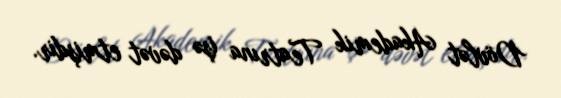
Dövlət Akademik Teatrına işə dəvət etmişdir.